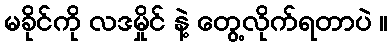
မခိုင်ကို လဒမှိုင် နဲ့ တွေ့လိုက်ရတာပဲ ။